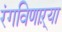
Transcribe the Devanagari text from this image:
रंगविणाऱ्या